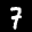
Label: 7